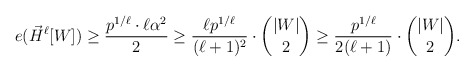
\begin{align*} e(\vec{H}^\ell[W]) \geq \frac{p^{1/\ell}\cdot\ell\alpha^2}{2} \geq \frac{\ell p^{1/\ell}}{(\ell+1)^2} \cdot \binom{|W|}{2} \geq \frac{p^{1/\ell}}{2(\ell+1)} \cdot \binom{|W|}{2}. \end{align*}